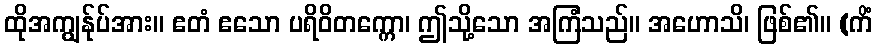
ထိုအကျွန်ုပ်အား။ ဧတံ ဧသော ပရိဝိတက္ကော၊ ဤသို့သော အကြံသည်။ အဟောသိ၊ ဖြစ်၏။ (ကိံ